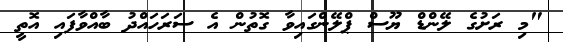
"މި ރަށުގެ ލޭންޑް ޔޫސް ޕްލޭންގައިވާ ގޮތުން އެ ސަރަހައްދު ބާއްވާފައި އޮތީ